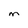
Character: M